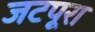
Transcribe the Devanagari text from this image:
जटपूरा